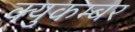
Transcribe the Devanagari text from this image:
क्युकम्बर